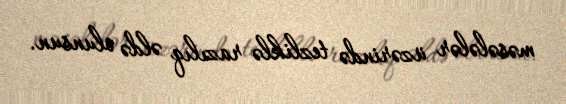
məsələlər üzərində tezliklə razılıq əldə olunsun.